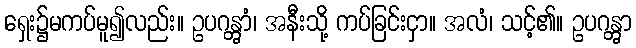
ရှေး၌မကပ်မူ၍လည်း။ ဥပဂန္တွာံ၊ အနီးသို့ ကပ်ခြင်းငှာ။ အလံ၊ သင့်၏။ ဥပဂန္တွာ